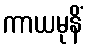
ကာယမုနိံ